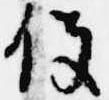
役